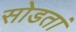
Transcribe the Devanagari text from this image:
सोडतां